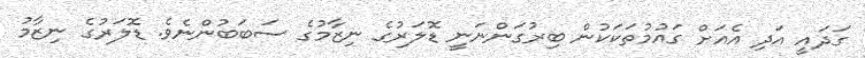
ގަދައީ އަދި އެއަށް ގައުމުތަކަކުން ބިރުގަންނަނީ ޑޮލަރުގެ ނިޒާމުގެ ސަބަބުންނެވެ. ޑޮލަރުގެ ނިޒާމު